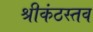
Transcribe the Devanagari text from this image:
श्रीकंठस्तव